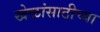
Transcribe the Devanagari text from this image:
खेळांसाठीच्या